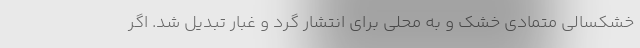
خشکسالی متمادی خشک و به محلی برای انتشار گرد و غبار تبدیل شد. اگر